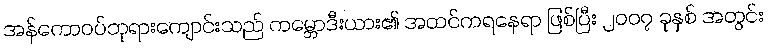
အန်ကောဝပ်ဘုရားကျောင်းသည် ကမ္ဘောဒီးယား၏ အထင်ကရနေရာ ဖြစ်ပြီး ၂၀၀၇ ခုနှစ် အတွင်း